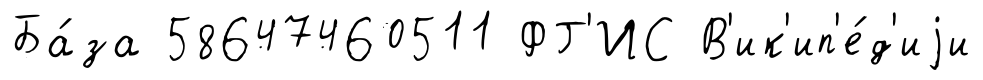
Ба́за 58647460511 ФГ'ИС В'ик'ип'е́д'иjи